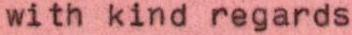
with kind regards